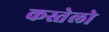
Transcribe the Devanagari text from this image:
कस्तेलो